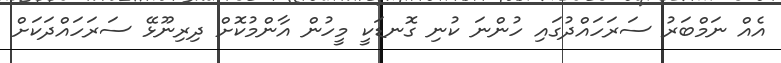
އެއް ނަމްބަރު ސަރަހައްދުގައި ހުންނަ ކުނި ގޮނޑަކީ މީހުން އާންމުކޮށް ދިރިނޫޅޭ ސަރަހައްދަކަށް